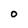
Character: 0